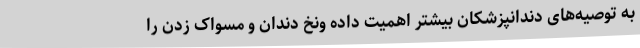
به توصیه‌های دندانپزشکان بیشتر اهمیت داده ونخ دندان و مسواک زدن را